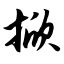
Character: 掀